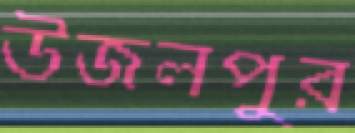
উজলপুর